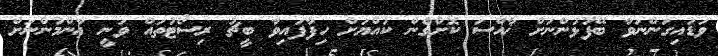
ވަޑައިގަންނަވާ ބޭފުޅުންނަށް ޚާއްސަ ކޮށްގެން ކުއްޔަށް ހިފާފައިވާ ބީޗު ރިސޯޓުތައް ވަނީ ޢާންމުންނަށް